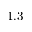
1 . 3